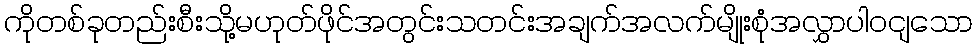
ကိုတစ်ခုတည်းစီးသို့မဟုတ်ဖိုင်အတွင်းသတင်းအချက်အလက်မျိုးစုံအလွှာပါဝငျသော